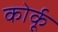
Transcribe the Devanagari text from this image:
कोर्कू